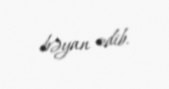
bəyan edib.